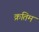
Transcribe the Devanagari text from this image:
क्रतिम